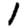
Digit: 1